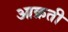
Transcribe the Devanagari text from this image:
आक्रती